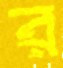
র